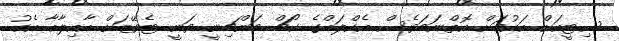
ސިޓީއަށް އައުމަށް އޮތްނަމަވެސް އެކްލަބްގެ ކޯޗް މަންޗިނީ ވަނީ ޓެވޭޒަށް އާއިލާއާ އެކު